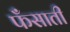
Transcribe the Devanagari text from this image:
फँसाती